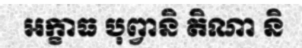
អក្ខាធ បុព្វានិ តិណា និ